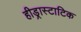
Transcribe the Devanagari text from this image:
हीड्रास्टाटिक